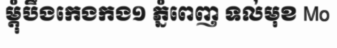
ម្តុំបឹងកេងកង១ ភ្នំពេញ ទល់មុខ Mo